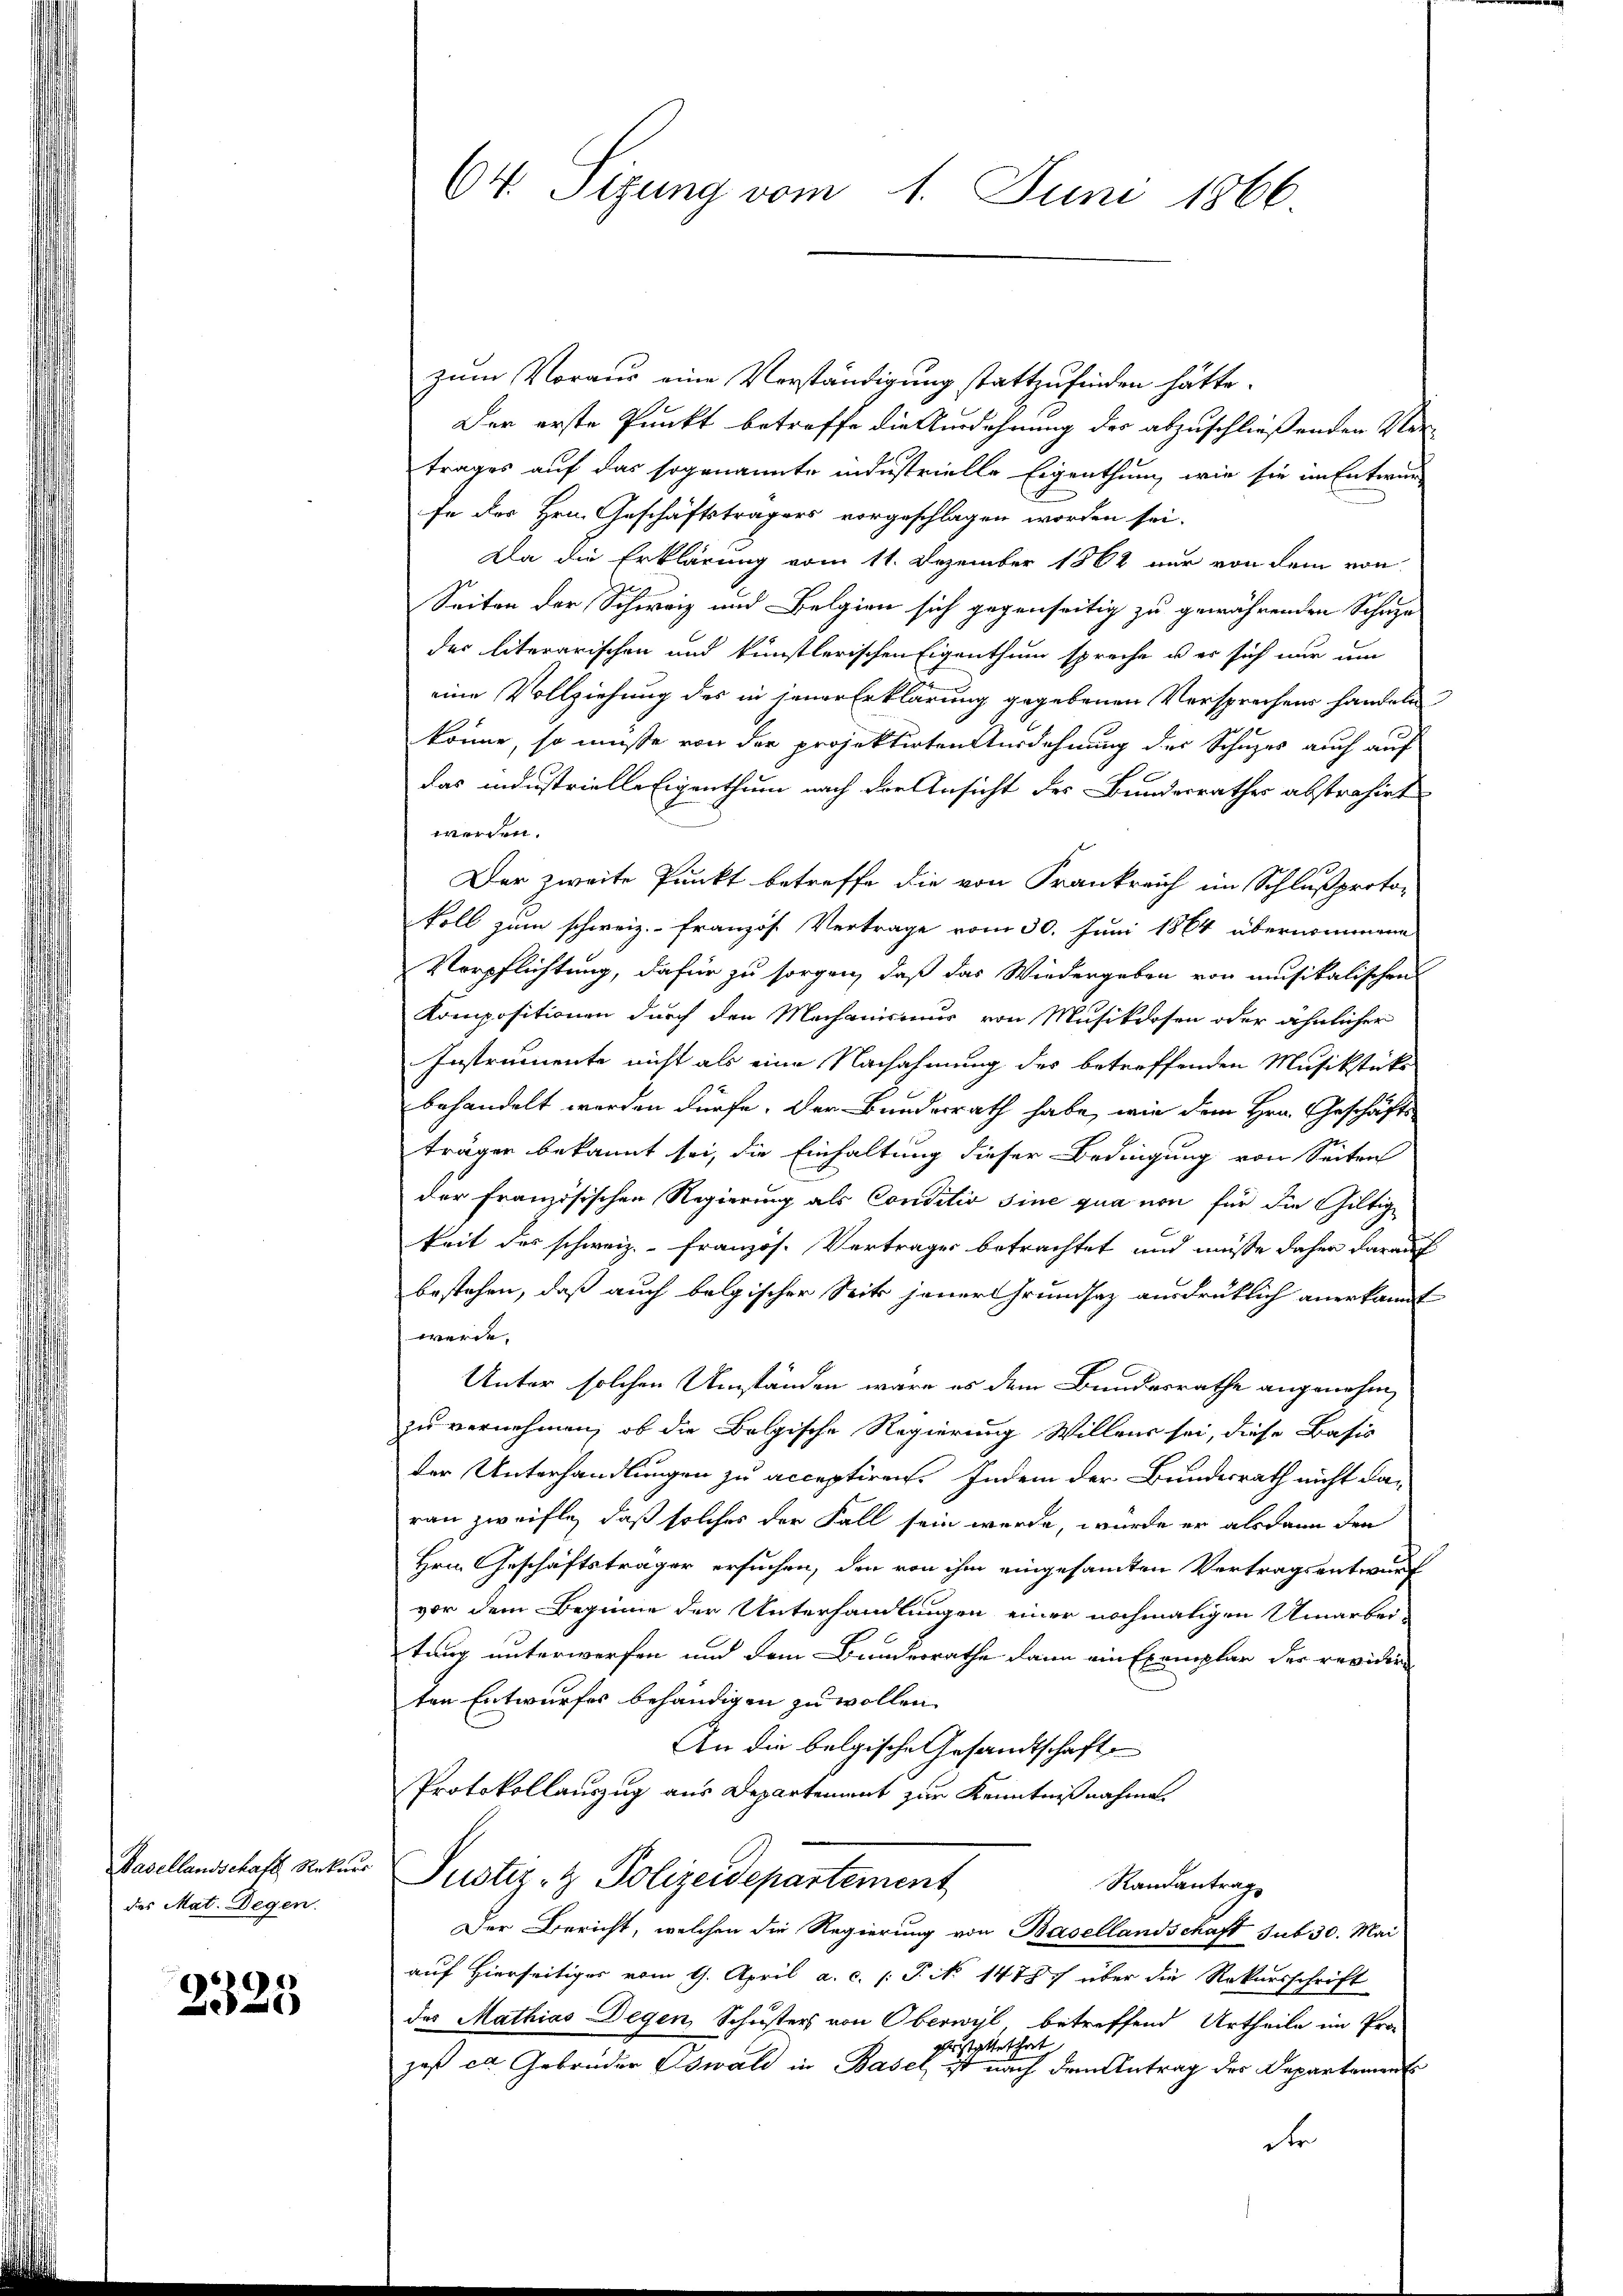
Basellandschaft Rekurs
des Mat. Degen.

2325

64. Sizung vom 1. Juni 1866

zum Voraus eine Verständigung stattzufinden hätte.
Der erste Punkt betroffe die Ausdehnung der abzuschließenden Ver-
trages auf das sogenannte industrielle Eigenthum, wie sie im Entwur
fe der Hrn. Geschäftsträgers vorgeschlagen worden sei.
Da die Erklärung vom 11. Dezember 1862 nur von dem von
Seiten der Schweiz und Belgien sich gegenseitig zu gewährenden Schutze
der literarischen und künstlerischen Eigenthum spreche u. er sich nur um
eine Vollziehung des in jener Erklärung gegebenen Versprechens handeln
könne, so müße von der projektirten Ausdehnung der Schuzes auch auf
das industrielle Eigenthum nach der Ansicht des Bundesrathes abstrahirt
werden.
Der zweite Punkt betreffe die von Frankreich im Schlußproto-
koll zum schweiz.- Französ. Vertrage vom 30. Juni 1864 übernommene
Verpflichtung, dafür zu sorgen, daß das Wiedergeben von musikalischen
Kompositionen durch den Mechanismus von Musikdosen oder ähnlicher
Instrumente nicht als eine Nachahmung des betreffenden Musikstücks
behandelt worden dürfe. Der Bundesrath habe, wie dem Hrn. Geschäfts-
trägen bekannt sei, die Einhaltung dieser Bedingung von Seiten
der Französischen Regierung als Conditio sine qua non für die Gültig
keit des schweiz. Französ. Vertrages betrachtet und müsse daher darauf
bestehen, daß auch belgischer Seits jener Grundsaz ausdrüklich anerkannt
werde.
Unter solchen Umständen wäre es dem Bundesrathe angenehmzu vernehmen, ob die Bolgische Regierung Willens sei, diese Basis
der Unterhandlungen zu acceptiren. Indem der Bundesrath nicht da-
ran zweiflich, daß solches der Fall sein werde, wurde er alsdann den
Hrn. Geschäftsträger ersuchen, den von ihm eingesamten Vertragsentwurf
vor dem Beginne der Unterhandlungen einer nochmaligen Umarbei-
tung unterwerfen und dem Bundesrathe dann ein Exemplar der revidire
ten Entwurfes behändigen zu wollen
An die belgische Gesandtschaft
Protokollauszug aus Departement zur Kenntnißnahme.
Justiz- & Polizeidepartement
Randantrag
Der Bericht, welchen die Regierung von Basellandschaft sub 30. Mai
auf Hierseitiges vom 9. April a. c. (T. No 147 über die Rekursschrift
das Mathias Degen, Schusters von Oberwyl betreffend Urtheile im Pro-
Erstattet hat
joß ca. Gebrüder Oswald in Basel, ist nach dem Antrag der Departament
der